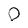
Character: 0